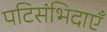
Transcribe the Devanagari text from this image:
पटिसंभिदाएँ